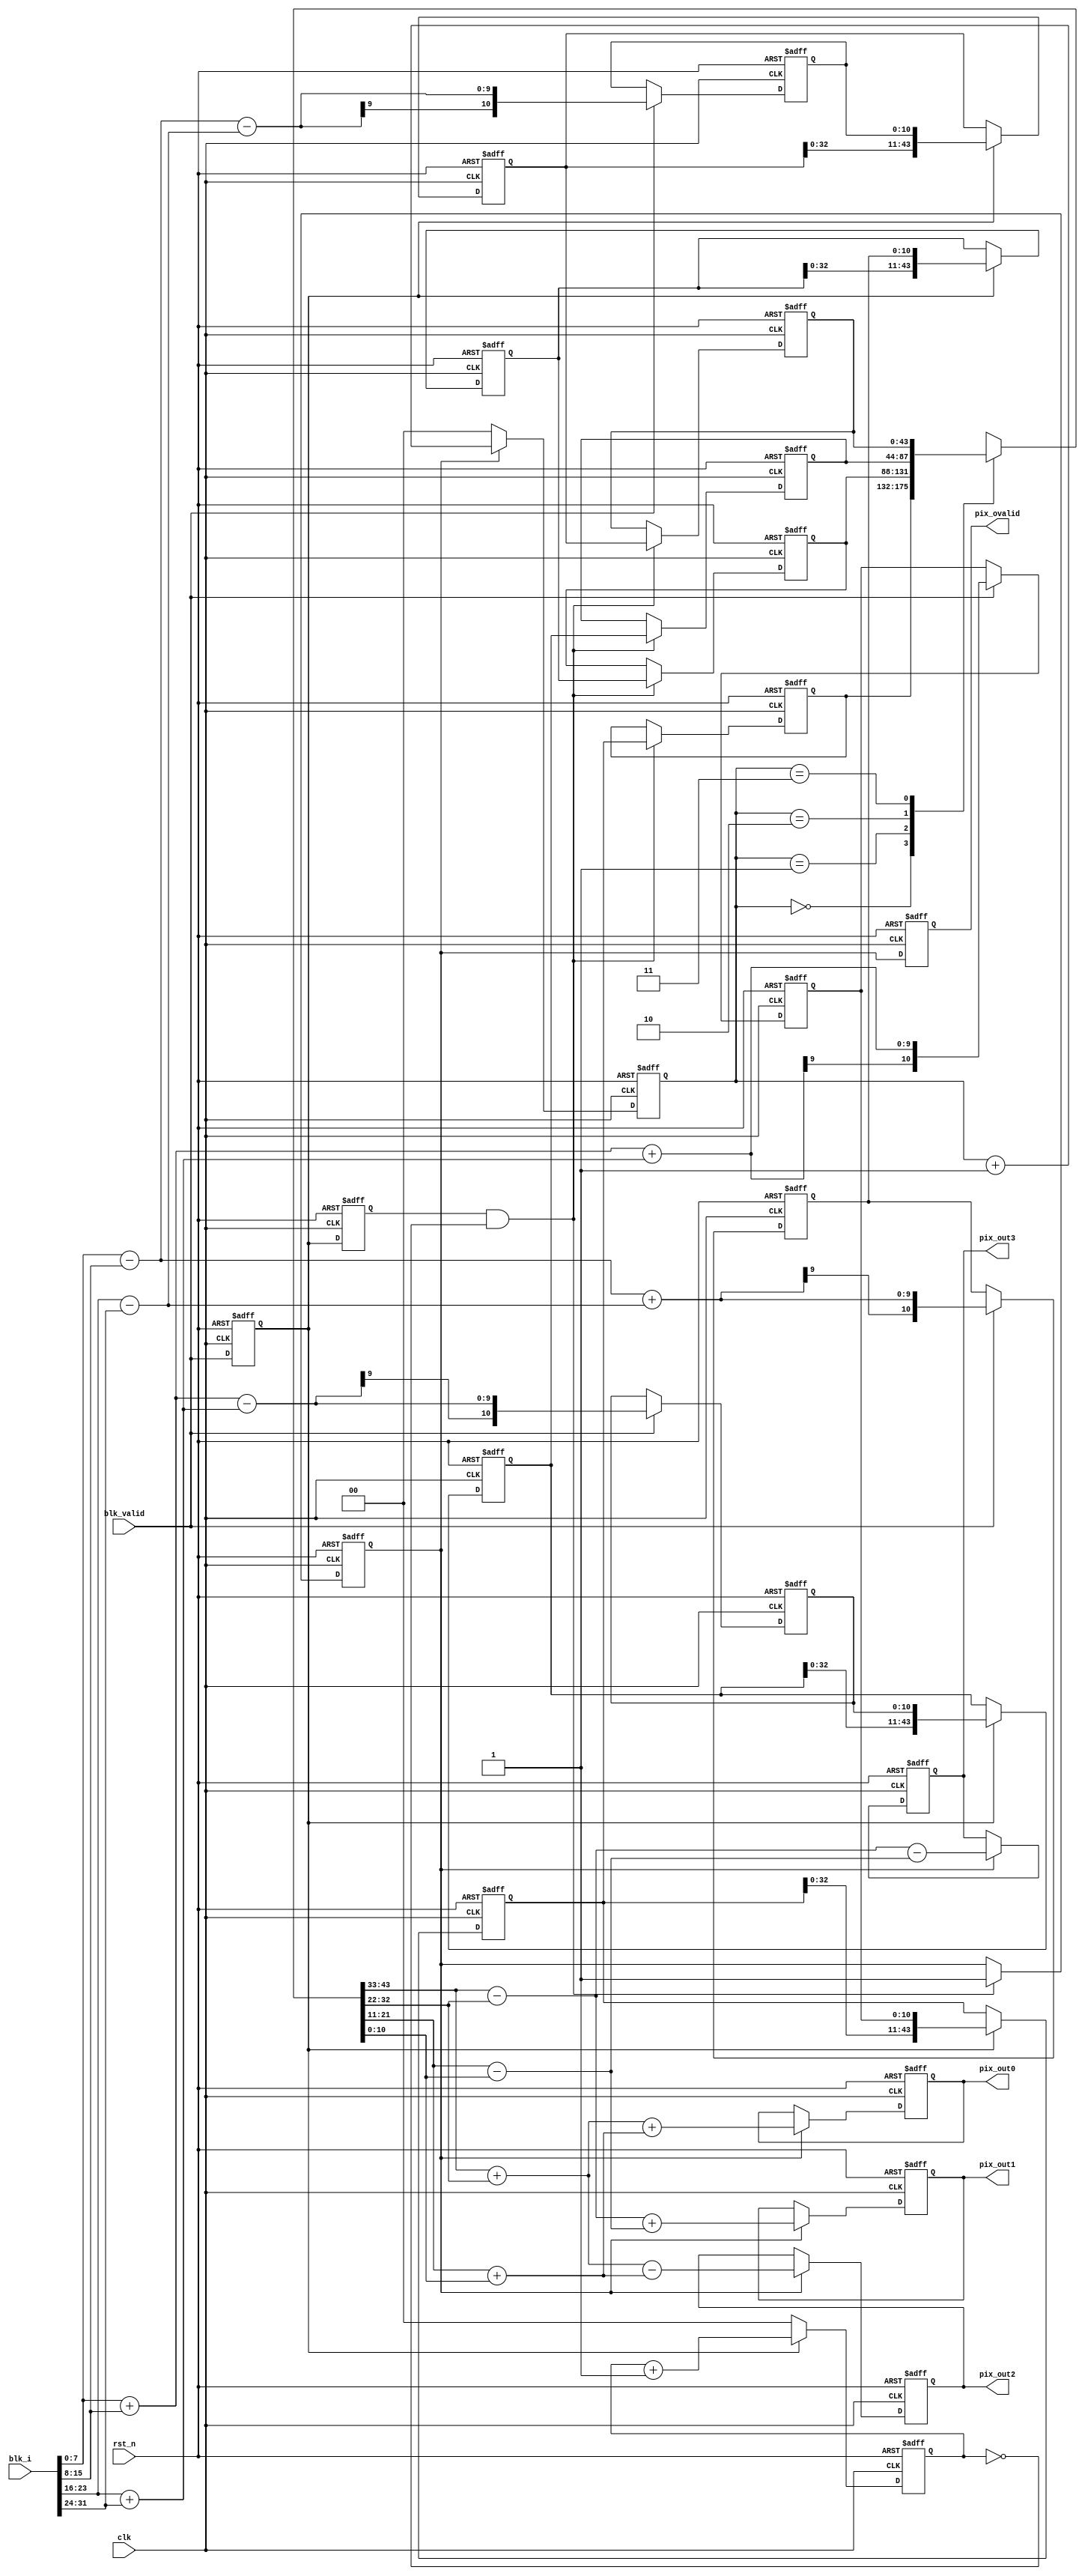
// input column by column
module wht_2d #(
    parameter  WIDTH0 = 8,// raw 8bit fixed integer
    parameter  WIDTH1 = 11,// 1 signed bit + 10bit fixed integer
    parameter  WIDTH2 = 13// 1 signed bit + 12bit fixed integer
)(
    input   wire                    clk,
    input   wire                    rst_n,
    input   wire    [4*WIDTH0-1:0]  blk_i,
    input   wire                    blk_valid,
    output  wire    [WIDTH2-1:0]    pix_out0,
    output  wire    [WIDTH2-1:0]    pix_out1,
    output  wire    [WIDTH2-1:0]    pix_out2,
    output  wire    [WIDTH2-1:0]    pix_out3,
    output  reg                     pix_ovalid
);
//************************************************************************//

    wire    signed  [WIDTH0-1:0]    pix[3:0];
    reg             [WIDTH1-1:0]    cal_pix[3:0]; 
    reg             [1:0]           cal_cnt;
    reg                             blk_valid_d;
    reg                             blk_valid_d2;
    reg             [4*WIDTH1-1:0]  row_buffer0;
    reg             [4*WIDTH1-1:0]  row_buffer1;
    reg             [4*WIDTH1-1:0]  row_buffer2;
    reg             [4*WIDTH1-1:0]  row_buffer3;
    reg             [4*WIDTH1-1:0]  row_pix_buffer[3:0];
    reg                             row_pix_vld;

    reg             [WIDTH2-1:0]    cal_pix_final[3:0];
    wire    signed  [WIDTH1-1:0]    row_pix[3:0];
    wire            [4*WIDTH1-1:0]  row_pix_i;
    reg             [1:0]           row_pix_cnt;
//************************************************************************//
    assign pix[0] = blk_i[1*WIDTH0-1:0];
    assign pix[1] = blk_i[2*WIDTH0-1:1*WIDTH0];
    assign pix[2] = blk_i[3*WIDTH0-1:2*WIDTH0];
    assign pix[3] = blk_i[4*WIDTH0-1:3*WIDTH0];
//************************************************************************//
    always @(posedge clk or negedge rst_n) begin
        if (!rst_n) begin
            cal_pix[0] <= 0;
            cal_pix[1] <= 0;
            cal_pix[2] <= 0;
            cal_pix[3] <= 0;
        end
        else if (blk_valid) begin
            cal_pix[0] <= (pix[0] + pix[1]) + (pix[2] + pix[3]);
            cal_pix[1] <= (pix[0] - pix[1]) + (pix[2] - pix[3]);
            cal_pix[2] <= (pix[0] + pix[1]) - (pix[2] + pix[3]);
            cal_pix[3] <= (pix[0] - pix[1]) - (pix[2] - pix[3]);
        end
    end
//************************************************************************//
    always @(posedge clk or negedge rst_n) begin
        if (!rst_n) begin
            cal_cnt <= 0;
        end
        else if (blk_valid_d) begin
            cal_cnt <= cal_cnt + 1;
        end
        else begin
            cal_cnt <= 0;
        end
    end

    always @(posedge clk or negedge rst_n) begin
        if (!rst_n) begin
            blk_valid_d <= 0;
            blk_valid_d2 <= 0;
        end
        else begin
            blk_valid_d <= blk_valid;
            blk_valid_d2 <= blk_valid_d;
        end
    end

    always @(posedge clk or negedge rst_n) begin
        if (!rst_n) begin
            row_buffer0 <= 0;
            row_buffer1 <= 0;
            row_buffer2 <= 0;
            row_buffer3 <= 0;
        end
        else if (blk_valid_d) begin
            row_buffer0 <= {row_buffer0[3*WIDTH1-1:0], cal_pix[0]};
            row_buffer1 <= {row_buffer1[3*WIDTH1-1:0], cal_pix[1]};
            row_buffer2 <= {row_buffer2[3*WIDTH1-1:0], cal_pix[2]};
            row_buffer3 <= {row_buffer3[3*WIDTH1-1:0], cal_pix[3]};
        end
    end

    always @(posedge clk or negedge rst_n) begin
        if (!rst_n) begin
            row_pix_vld <= 0;
            row_pix_buffer[0] <= 0;
            row_pix_buffer[1] <= 0;
            row_pix_buffer[2] <= 0;
            row_pix_buffer[3] <= 0;
        end
        else if(blk_valid_d2 && (cal_cnt == 0)) begin
            row_pix_vld <= 1;
            row_pix_buffer[0] <= row_buffer0;
            row_pix_buffer[1] <= row_buffer1;
            row_pix_buffer[2] <= row_buffer2;
            row_pix_buffer[3] <= row_buffer3;
        end
    end


//************************************************************************//
    always @(posedge clk or negedge rst_n) begin
        if (!rst_n) begin
            row_pix_cnt <= 0;
        end
        else if (row_pix_vld) begin
            row_pix_cnt <= row_pix_cnt + 1;
        end
        else begin
            row_pix_cnt <= 0;
        end
    end

    assign row_pix_i = row_pix_buffer[row_pix_cnt];

    assign row_pix[3] = row_pix_i[1*WIDTH1-1:0];
    assign row_pix[2] = row_pix_i[2*WIDTH1-1:1*WIDTH1];
    assign row_pix[1] = row_pix_i[3*WIDTH1-1:2*WIDTH1];
    assign row_pix[0] = row_pix_i[4*WIDTH1-1:3*WIDTH1];
//************************************************************************//
    always @(posedge clk or negedge rst_n) begin
        if (!rst_n) begin
            cal_pix_final[0] <= 0;
            cal_pix_final[1] <= 0;
            cal_pix_final[2] <= 0;
            cal_pix_final[3] <= 0;
        end
        else if (row_pix_vld) begin
            cal_pix_final[0] <= (row_pix[0] + row_pix[1]) + (row_pix[2] + row_pix[3]);
            cal_pix_final[1] <= (row_pix[0] - row_pix[1]) + (row_pix[2] - row_pix[3]);
            cal_pix_final[2] <= (row_pix[0] + row_pix[1]) - (row_pix[2] + row_pix[3]);
            cal_pix_final[3] <= (row_pix[0] - row_pix[1]) - (row_pix[2] - row_pix[3]);
        end
    end

    assign pix_out0 = cal_pix_final[0];
    assign pix_out1 = cal_pix_final[1];
    assign pix_out2 = cal_pix_final[2];
    assign pix_out3 = cal_pix_final[3];

    always @(posedge clk or negedge rst_n) begin
        if (!rst_n) begin
            pix_ovalid <= 0;
        end
        else begin
            pix_ovalid <= row_pix_vld;
        end
    end
endmodule //wht_2d